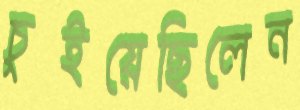
চুইয়েছিলেন